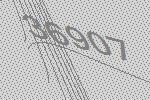
36907